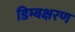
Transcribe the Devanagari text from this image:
डिम्बक्षरण